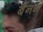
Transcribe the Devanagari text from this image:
बैनन